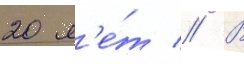
20 л'е́т // В